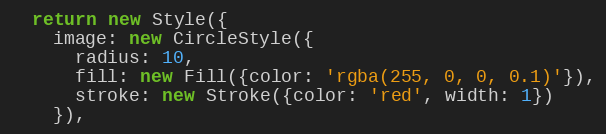
Language: JavaScript
  return new Style({
    image: new CircleStyle({
      radius: 10,
      fill: new Fill({color: 'rgba(255, 0, 0, 0.1)'}),
      stroke: new Stroke({color: 'red', width: 1})
    }),